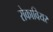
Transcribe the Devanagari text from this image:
रोकावियर